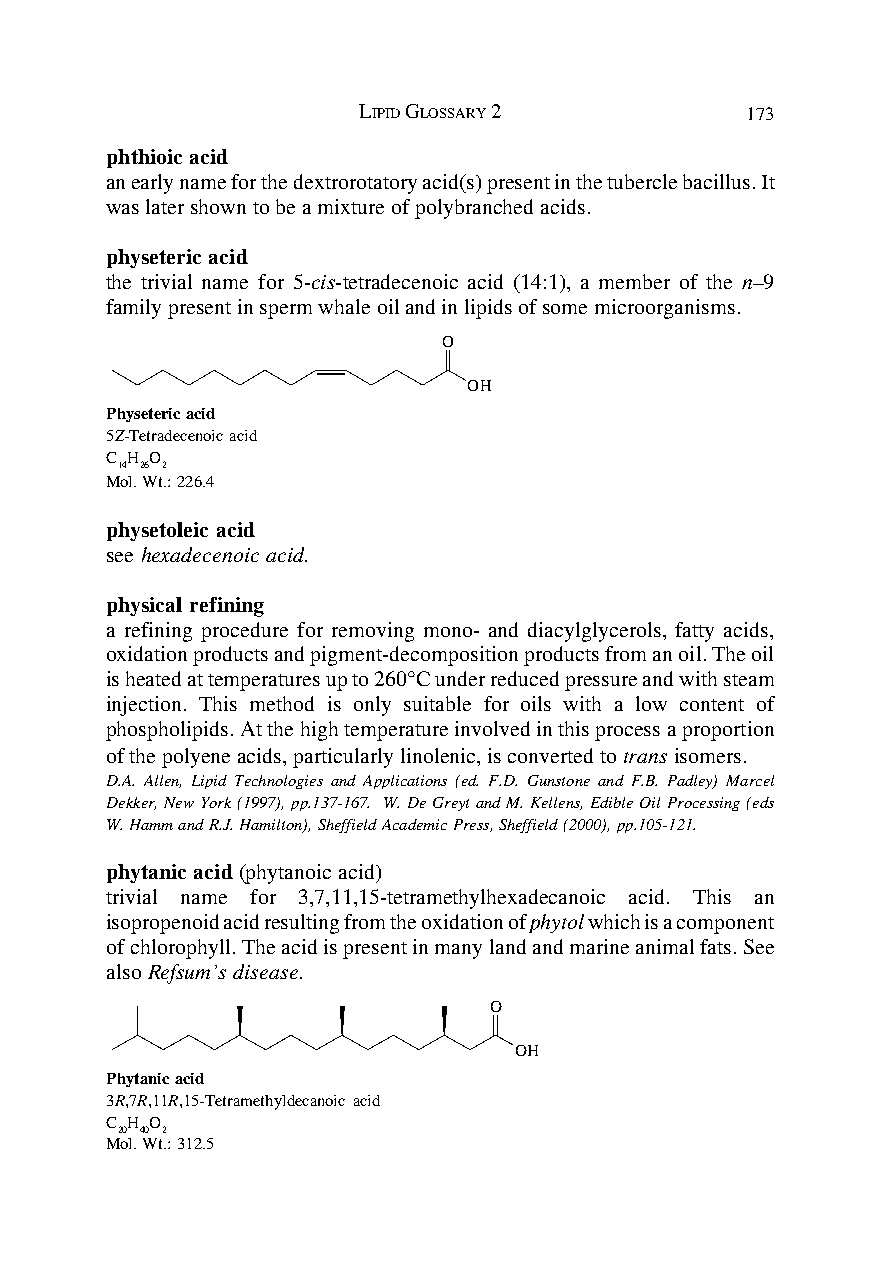
LIPID GLOSSARY 2         173
 phthioic acid
 an early name for the dextrorotatory acid(s) present in the tubercle bacillus. It
 was later shown to be a mixture of polybranched acids.
 physeteric acid
 the trivial name for 5-cis-tetradecenoic acid (14:1), a member of the n–9
 family present in sperm whale oil and in lipids of some microorganisms.
 O
 OH
 Physeteric acid
 5Z-Tetradecenoic acid
 C H O
 14 26 2
 Mol. Wt.: 226.4
 physetoleic acid
 see hexadecenoic acid.
 physical refining
 a refining procedure for removing mono- and diacylglycerols, fatty acids,
 oxidation products and pigment-decomposition products from an oil. The oil
 is heated at temperatures up to 260°C under reduced pressure and with steam
 injection. This method is only suitable for oils with a low content of
 phospholipids. At the high temperature involved in this process a proportion
 of the polyene acids, particularly linolenic, is converted to trans isomers.
 D.A. Allen, Lipid Technologies and Applications (ed. F.D. Gunstone and F.B. Padley) Marcel
 Dekker, New York (1997), pp.137-167. W. De Greyt and M. Kellens, Edible Oil Processing (eds
 W. Hamm and R.J. Hamilton), Sheffield Academic Press, Sheffield (2000), pp.105-121.
 phytanic acid (phytanoic acid)
 trivial name for 3,7,11,15-tetramethylhexadecanoic acid. This an
 isopropenoid acid resulting from the oxidation of phytol which is a component
 of chlorophyll. The acid is present in many land and marine animal fats. See
 also Refsum’s disease.
 O
 OH
 Phytanic acid
 3R,7R,11R,15-Tetramethyldecanoic acid
 C H O
 20 40 2
 Mol. Wt.: 312.5